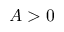
A > 0